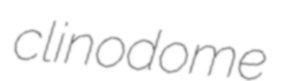
clinodome